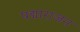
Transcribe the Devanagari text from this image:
पद्माराजन